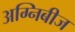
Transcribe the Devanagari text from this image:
अग्निबीज